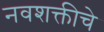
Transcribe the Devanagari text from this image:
नवशक्तीचे